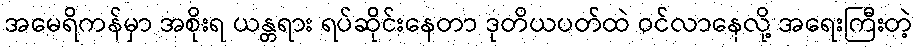
အမေရိကန်မှာ အစိုးရ ယန္တရား ရပ်ဆိုင်းနေတာ ဒုတိယပတ်ထဲ ဝင်လာနေလို့ အရေးကြီးတဲ့